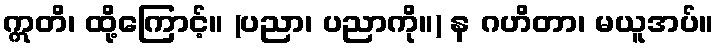
ဣတိ၊ ထို့ကြောင့်။ (ပညာ၊ ပညာကို။) န ဂဟိတာ၊ မယူအပ်။